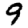
Digit: 9